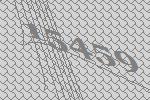
15459